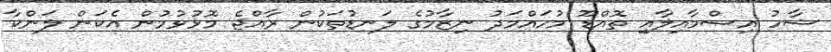
ޝާހު އިސްމާއިލާއި ތޮއްޑޫ މުހައްމަދު ނިޒާމުގެ ލަނޑުތަކުން ރާއްޖެ މޮޅުވުމުން އެކަން ލަންކާ